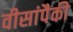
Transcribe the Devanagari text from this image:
वीसांपैकी